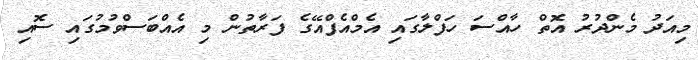
މިއަދު މެންދުރު އޮތް ހާއްސަ ހަފްލާގައި އެމްއެފްއޭގެ ފަރާތުން މި އެއްބަސްވުމުގައި ސޮއި